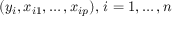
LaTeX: ( y _ { i } , x _ { i 1 } , \ldots , x _ { i p } ) , \, i = 1 , \ldots , n